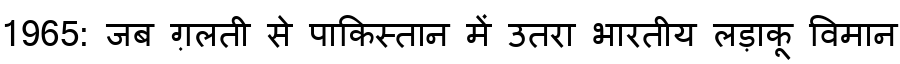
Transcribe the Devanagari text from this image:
1965: जब ग़लती से पाकिस्तान में उतरा भारतीय लड़ाकू विमान